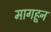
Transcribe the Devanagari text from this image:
मागहून